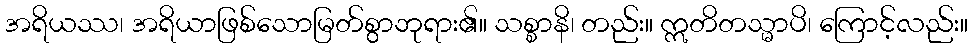
အရိယဿ၊ အရိယာဖြစ်သောမြတ်စွာဘုရား၏။ သစ္စာနိ၊ တည်း။ ဣတိတသ္မာပိ၊ ကြောင့်လည်း။